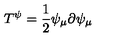
T ^ { \psi } = \frac { 1 } { 2 } \psi _ { \mu } \partial \psi _ { \mu }